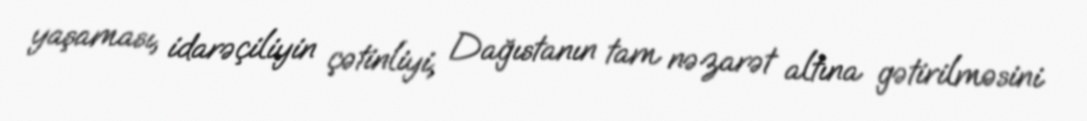
yaşaması, idarəçiliyin çətinliyi, Dağıstanın tam nəzarət altına gətirilməsini